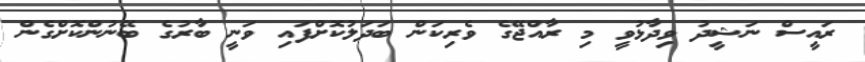
ރައީސް ނަޝީދު ވިދާޅުވީ މި ރާއްޖޭގެ ވެރިކަން ބަދަލުކޮށްފައި ވަނީ ބާރުގެ ބޭނުންކޮށްގެން